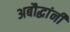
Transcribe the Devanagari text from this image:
अबौद्धांनी